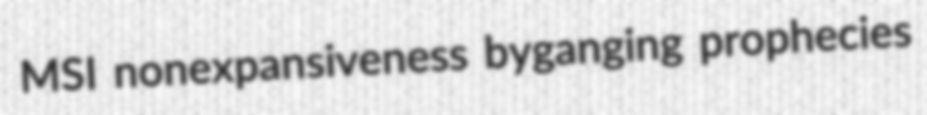
MSI nonexpansiveness byganging prophecies